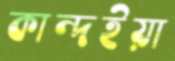
কান্দইয়া